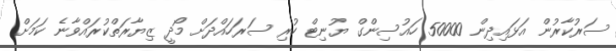
ސަރުކާރުން އަޅައިދިން 50000 ހައުސިންގް ޔުނިޓް ހުރި ސަރަހައްދަށް މޯދީ ޒިޔާރަތްކުރައްވާނެ ކަމަށް